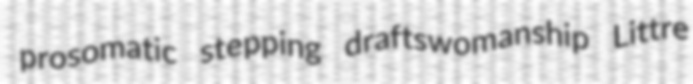
prosomatic stepping draftswomanship Littre